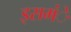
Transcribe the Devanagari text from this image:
इसमंे